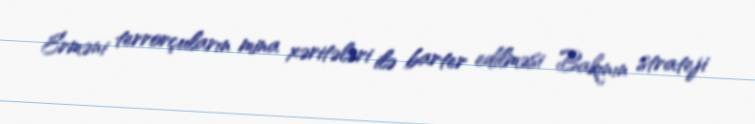
Erməni terrorçuların mina xəritələri ilə barter edilməsi Bakının strateji